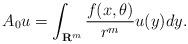
LaTeX: \begin{align*} A_0 u =\int_{\mathbf{R}^m} \frac{f(x,\theta)}{r^{m}} u(y)dy.\end{align*}